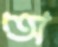
অ